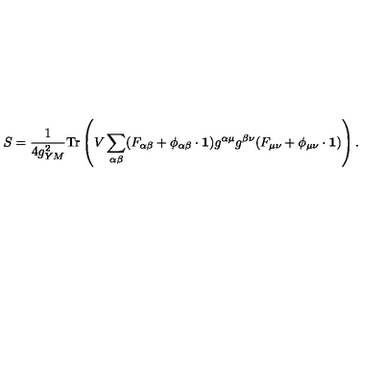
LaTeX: S = \frac { 1 } { 4 g _ { Y M } ^ { 2 } } \mathrm { T r } \left( V \sum _ { \alpha \beta } ( F _ { \alpha \beta } + \phi _ { \alpha \beta } \cdot { \bf 1 } ) g ^ { \alpha \mu } g ^ { \beta \nu } ( F _ { \mu \nu } + \phi _ { \mu \nu } \cdot { \bf 1 } ) \right) .